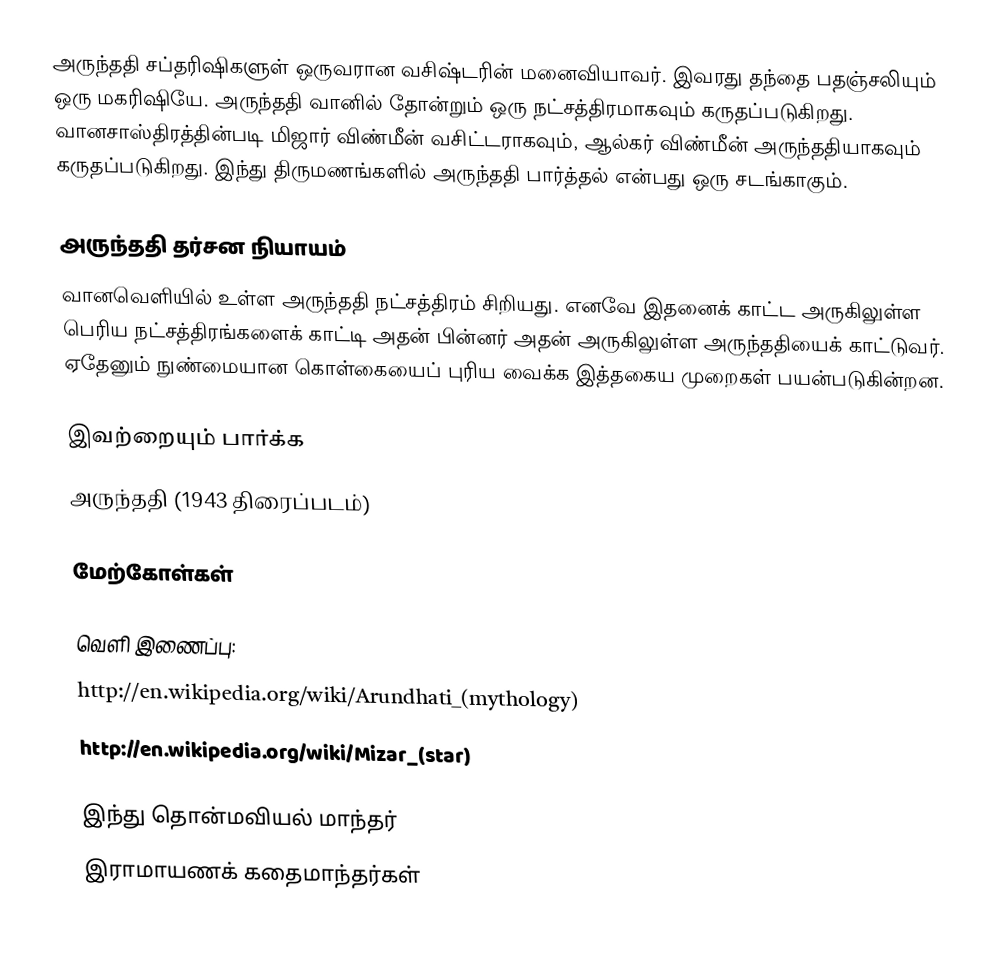
அருந்ததி சப்தரிஷிகளுள் ஒருவரான வசிஷ்டரின் மனைவியாவர். இவரது தந்தை பதஞ்சலியும் ஒரு மகரிஷியே. அருந்ததி வானில் தோன்றும் ஒரு  நட்சத்திரமாகவும் கருதப்படுகிறது. வானசாஸ்திரத்தின்படி மிஜார் விண்மீன் வசிட்டராகவும், ஆல்கர் விண்மீன் அருந்ததியாகவும் கருதப்படுகிறது. இந்து திருமணங்களில் அருந்ததி பார்த்தல் என்பது ஒரு சடங்காகும்.

அருந்ததி தர்சன நியாயம்
வானவெளியில் உள்ள அருந்ததி நட்சத்திரம் சிறியது. எனவே இதனைக் காட்ட அருகிலுள்ள பெரிய நட்சத்திரங்களைக் காட்டி அதன் பின்னர் அதன் அருகிலுள்ள அருந்ததியைக் காட்டுவர். ஏதேனும் நுண்மையான கொள்கையைப் புரிய வைக்க இத்தகைய முறைகள் பயன்படுகின்றன.

இவற்றையும் பார்க்க
அருந்ததி (1943 திரைப்படம்)

மேற்கோள்கள்

வெளி இணைப்பு:
 http://en.wikipedia.org/wiki/Arundhati_(mythology)
 http://en.wikipedia.org/wiki/Mizar_(star)

இந்து தொன்மவியல் மாந்தர்
இராமாயணக் கதைமாந்தர்கள்